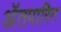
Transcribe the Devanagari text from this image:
अॅतपारिन